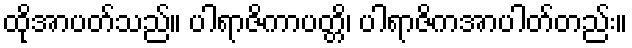
ထိုအာပတ်သည်။ ပါရာဇိကာပတ္တိ၊ ပါရာဇိကအာပါတ်တည်း။